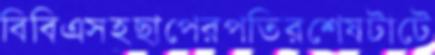
বিবিএসহছাপেরপতিরশেষটাটে